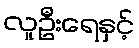
လူဦးရေနှင့်